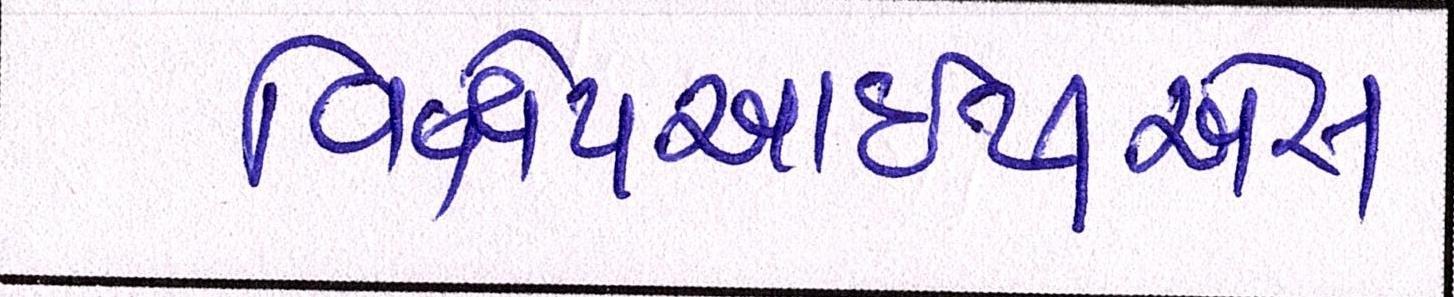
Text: વિક્ષેપઆઇપીએસ